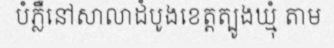
បំភ្លឺនៅសាលាដំបូងខេត្តត្បូងឃ្មុំ តាម